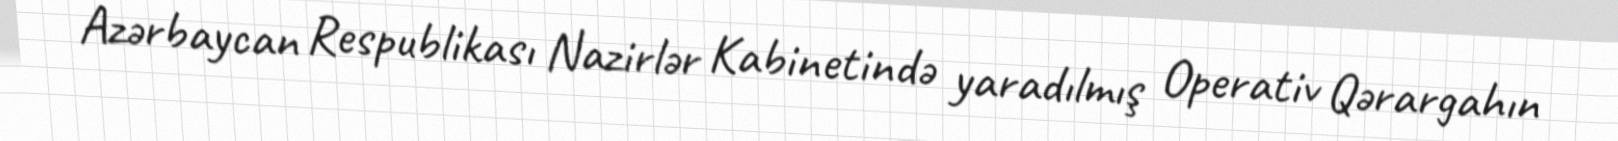
Azərbaycan Respublikası Nazirlər Kabinetində yaradılmış Operativ Qərargahın